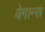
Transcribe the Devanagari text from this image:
वेगान्स